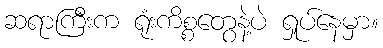
ဆရာကြီးက ရုံးကိစ္စတွေနဲ့ပဲ ရှုပ်နေမှာ။